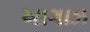
આગાઝ